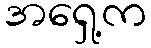
အရှေ့က